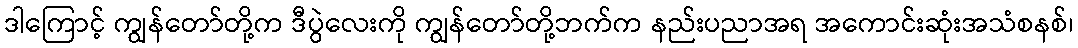
ဒါကြောင့် ကျွန်တော်တို့က ဒီပွဲလေးကို ကျွန်တော်တို့ဘက်က နည်းပညာအရ အကောင်းဆုံးအသံစနစ်၊